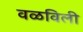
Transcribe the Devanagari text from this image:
वळविली